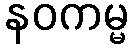
နဝကမ္မ